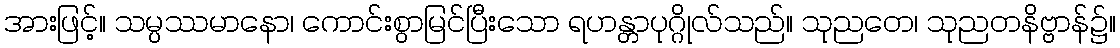
အားဖြင့်။ သမ္ပဿမာနော၊ ကောင်းစွာမြင်ပြီးသော ရဟန္တာပုဂ္ဂိုလ်သည်။ သုညတေ၊ သုညတနိဗ္ဗာန်၌။